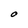
Character: O